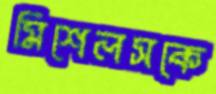
মিশেলসকে